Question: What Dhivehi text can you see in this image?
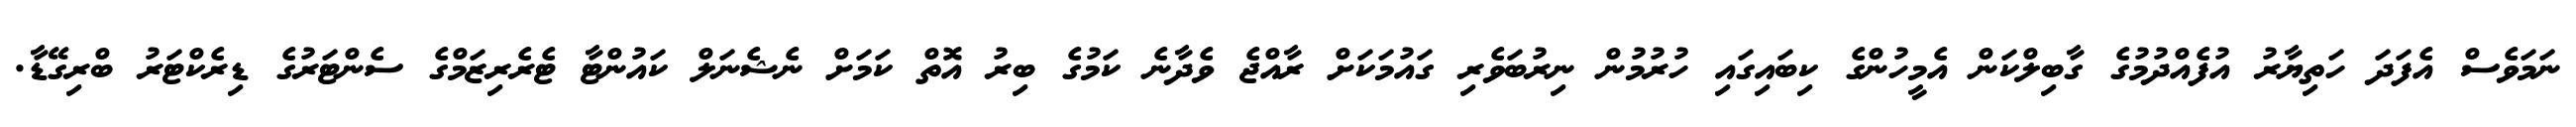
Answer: ނަމަވެސް އެފަދަ ހަތިޔާރު އުފެއްދުމުގެ ގާބިލްކަން އެމީހުންގެ ކިބައިގައި ހުރުމުން ނިރުބަވެރި ގައުމަކަށް ރާއްޖެ ވެދާނެ ކަމުގެ ބިރު އޮތް ކަމަށް ނެޝެނަލް ކައުންޓާ ޓެރެރިޒަމްގެ ސެންޓަރުގެ ޑިރެކްޓަރު ބްރިގޭޑާ.